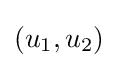
(u_{1},u_{2})